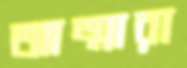
আত্মারা